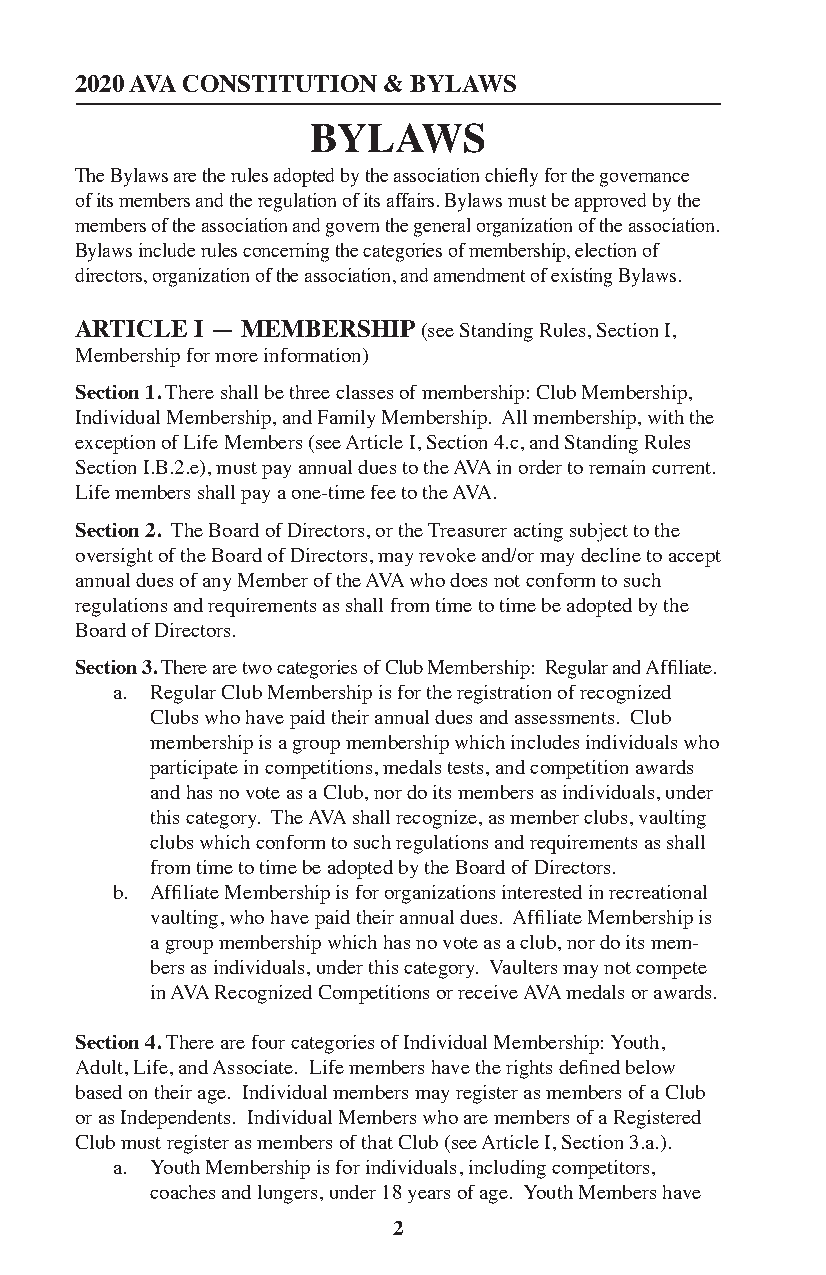
2020 AVA CONSTITUTION & BYLAWS
 BYLAWS
 The Bylaws are the rules adopted by the association chiefly for the governance
 of its members and the regulation of its affairs. Bylaws must be approved by the
 members of the association and govern the general organization of the association.
 Bylaws include rules concerning the categories of membership, election of
 directors, organization of the association, and amendment of existing Bylaws.
 ARTICLE I — MEMBERSHIP (see Standing Rules, Section I,
 Membership for more information)
 Section 1. There shall be three classes of membership: Club Membership,
 Individual Membership, and Family Membership. All membership, with the
 exception of Life Members (see Article I, Section 4.c, and Standing Rules
 Section I.B.2.e), must pay annual dues to the AVA in order to remain current.
 Life members shall pay a one-time fee to the AVA.
 Section 2. The Board of Directors, or the Treasurer acting subject to the
 oversight of the Board of Directors, may revoke and/or may decline to accept
 annual dues of any Member of the AVA who does not conform to such
 regulations and requirements as shall from time to time be adopted by the
 Board of Directors.
 Section 3. There are two categories of Club Membership: Regular and Affiliate.
 a. Regular Club Membership is for the registration of recognized
 Clubs who have paid their annual dues and assessments. Club
 membership is a group membership which includes individuals who
 participate in competitions, medals tests, and competition awards
 and has no vote as a Club, nor do its members as individuals, under
 this category. The AVA shall recognize, as member clubs, vaulting
 clubs which conform to such regulations and requirements as shall
 from time to time be adopted by the Board of Directors.
 b. Affiliate Membership is for organizations interested in recreational
 vaulting, who have paid their annual dues. Affiliate Membership is
 a group membership which has no vote as a club, nor do its mem-
 bers as individuals, under this category. Vaulters may not compete
 in AVA Recognized Competitions or receive AVA medals or awards.
 Section 4. There are four categories of Individual Membership: Youth,
 Adult, Life, and Associate. Life members have the rights defined below
 based on their age. Individual members may register as members of a Club
 or as Independents. Individual Members who are members of a Registered
 Club must register as members of that Club (see Article I, Section 3.a.).
 a. Youth Membership is for individuals, including competitors,
 coaches and lungers, under 18 years of age. Youth Members have
 2